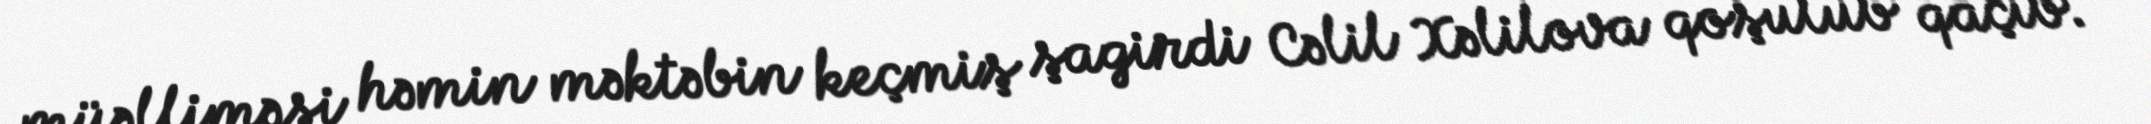
müəlliməsi həmin məktəbin keçmiş şagirdi Cəlil Xəlilova qoşulub qaçıb.